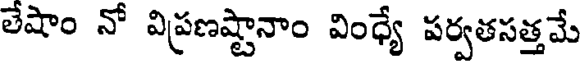
లేషాం నో విప్రణష్టానాం వింధ్యే పర్వతసత్తమే